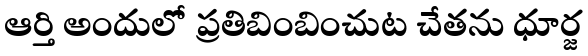
ఆర్తి అందులో ప్రతిబింబించుట చేతను ధూర్జ